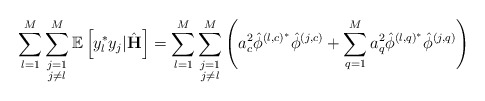
\begin{align*} \sum_{l=1}^M\sum\limits_{\substack{j=1\\j\neq l}}^M\mathbb{E}\left[y_l^* y_j|\hat{\mathbf{H}}\right]=\sum_{l=1}^M\sum\limits_{\substack{j=1\\j\neq l}}^M\left(a_c^2\hat{\phi}^{\left(l,c\right)^*}\hat{\phi}^{\left(j,c\right)}+\sum_{q=1}^M a_q^2\hat{\phi}^{\left(l,q\right)^*}\hat{\phi}^{\left(j,q\right)}\right)\end{align*}